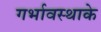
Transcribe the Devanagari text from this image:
गर्भावस्थाके